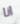
انا